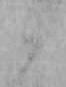
か